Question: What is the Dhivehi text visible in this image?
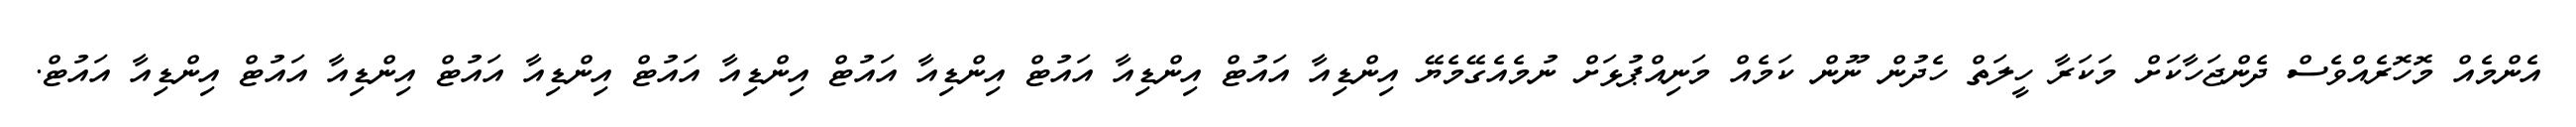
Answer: އެންމެއް މޮހޮރެއްވެސް ދެންޖަހާކަށް މަކަރާ ހީލަތް ހެދުން ނޫން ކަމެއް މަނިއްޕުޅަށް ނުމެއެގޭމެޔޭ އިންޑިއާ އައުޓް އިންޑިއާ އައުޓް އިންޑިއާ އައުޓް އިންޑިއާ އައުޓް އިންޑިއާ އައުޓް އިންޑިއާ އައުޓް އިންޑިއާ އައުޓް.